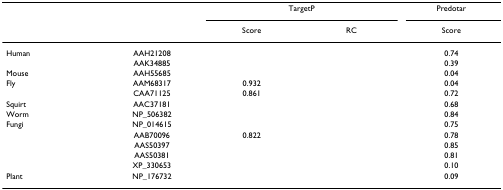
<table><thead><tr><td>[EMPTY_CELL]</td><td>[EMPTY_CELL]</td><td colspan="2"><b>TargetP</b></td><td><b>Predotar</b></td></tr><tr><td>[EMPTY_CELL]</td><td>[EMPTY_CELL]</td><td><b>Score</b></td><td><b>RC</b></td><td><b>Score</b></td></tr></thead><tbody><tr><td>Human</td><td>AAH21208</td><td>[EMPTY_CELL]</td><td>[EMPTY_CELL]</td><td>0.74</td></tr><tr><td>[EMPTY_CELL]</td><td>AAK34885</td><td>[EMPTY_CELL]</td><td>[EMPTY_CELL]</td><td>0.39</td></tr><tr><td>Mouse</td><td>AAH55685</td><td>[EMPTY_CELL]</td><td>[EMPTY_CELL]</td><td>0.04</td></tr><tr><td>Fly</td><td>AAM68317</td><td>0.932</td><td>[EMPTY_CELL]</td><td>0.04</td></tr><tr><td>[EMPTY_CELL]</td><td>CAA71125</td><td>0.861</td><td>[EMPTY_CELL]</td><td>0.72</td></tr><tr><td>Squirt</td><td>AAC37181</td><td>[EMPTY_CELL]</td><td>[EMPTY_CELL]</td><td>0.68</td></tr><tr><td>Worm</td><td>NP_506382</td><td>[EMPTY_CELL]</td><td>[EMPTY_CELL]</td><td>0.84</td></tr><tr><td>Fungi</td><td>NP_014615</td><td>[EMPTY_CELL]</td><td>[EMPTY_CELL]</td><td>0.75</td></tr><tr><td>[EMPTY_CELL]</td><td>AAB70096</td><td>0.822</td><td>[EMPTY_CELL]</td><td>0.78</td></tr><tr><td>[EMPTY_CELL]</td><td>AAS50397</td><td>[EMPTY_CELL]</td><td>[EMPTY_CELL]</td><td>0.85</td></tr><tr><td>[EMPTY_CELL]</td><td>AAS50381</td><td>[EMPTY_CELL]</td><td>[EMPTY_CELL]</td><td>0.81</td></tr><tr><td>[EMPTY_CELL]</td><td>XP_330653</td><td>[EMPTY_CELL]</td><td>[EMPTY_CELL]</td><td>0.10</td></tr><tr><td>Plant</td><td>NP_176732</td><td>[EMPTY_CELL]</td><td>[EMPTY_CELL]</td><td>0.09</td></tr></tbody></table>